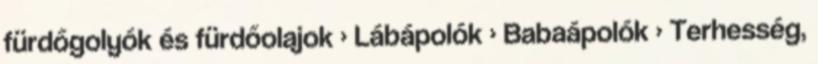
fürdőgolyók és fürdőolajok › Lábápolók › Babaápolók › Terhesség,